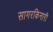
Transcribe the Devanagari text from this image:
सागरकिनारी